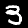
Label: 3